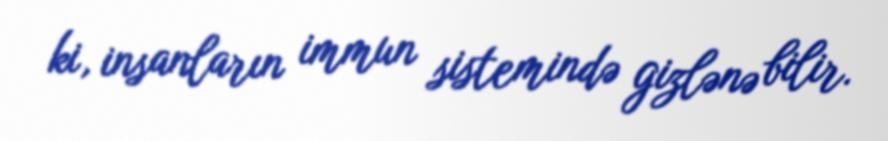
ki, insanların immun sistemində gizlənə bilir.